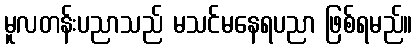
မူလတန်းပညာသည် မသင်မနေရပညာ ဖြစ်ရမည်။